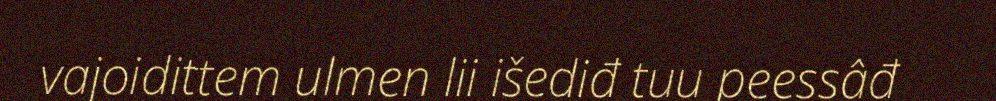
vajoidittem ulmen lii išediđ tuu peessâđ